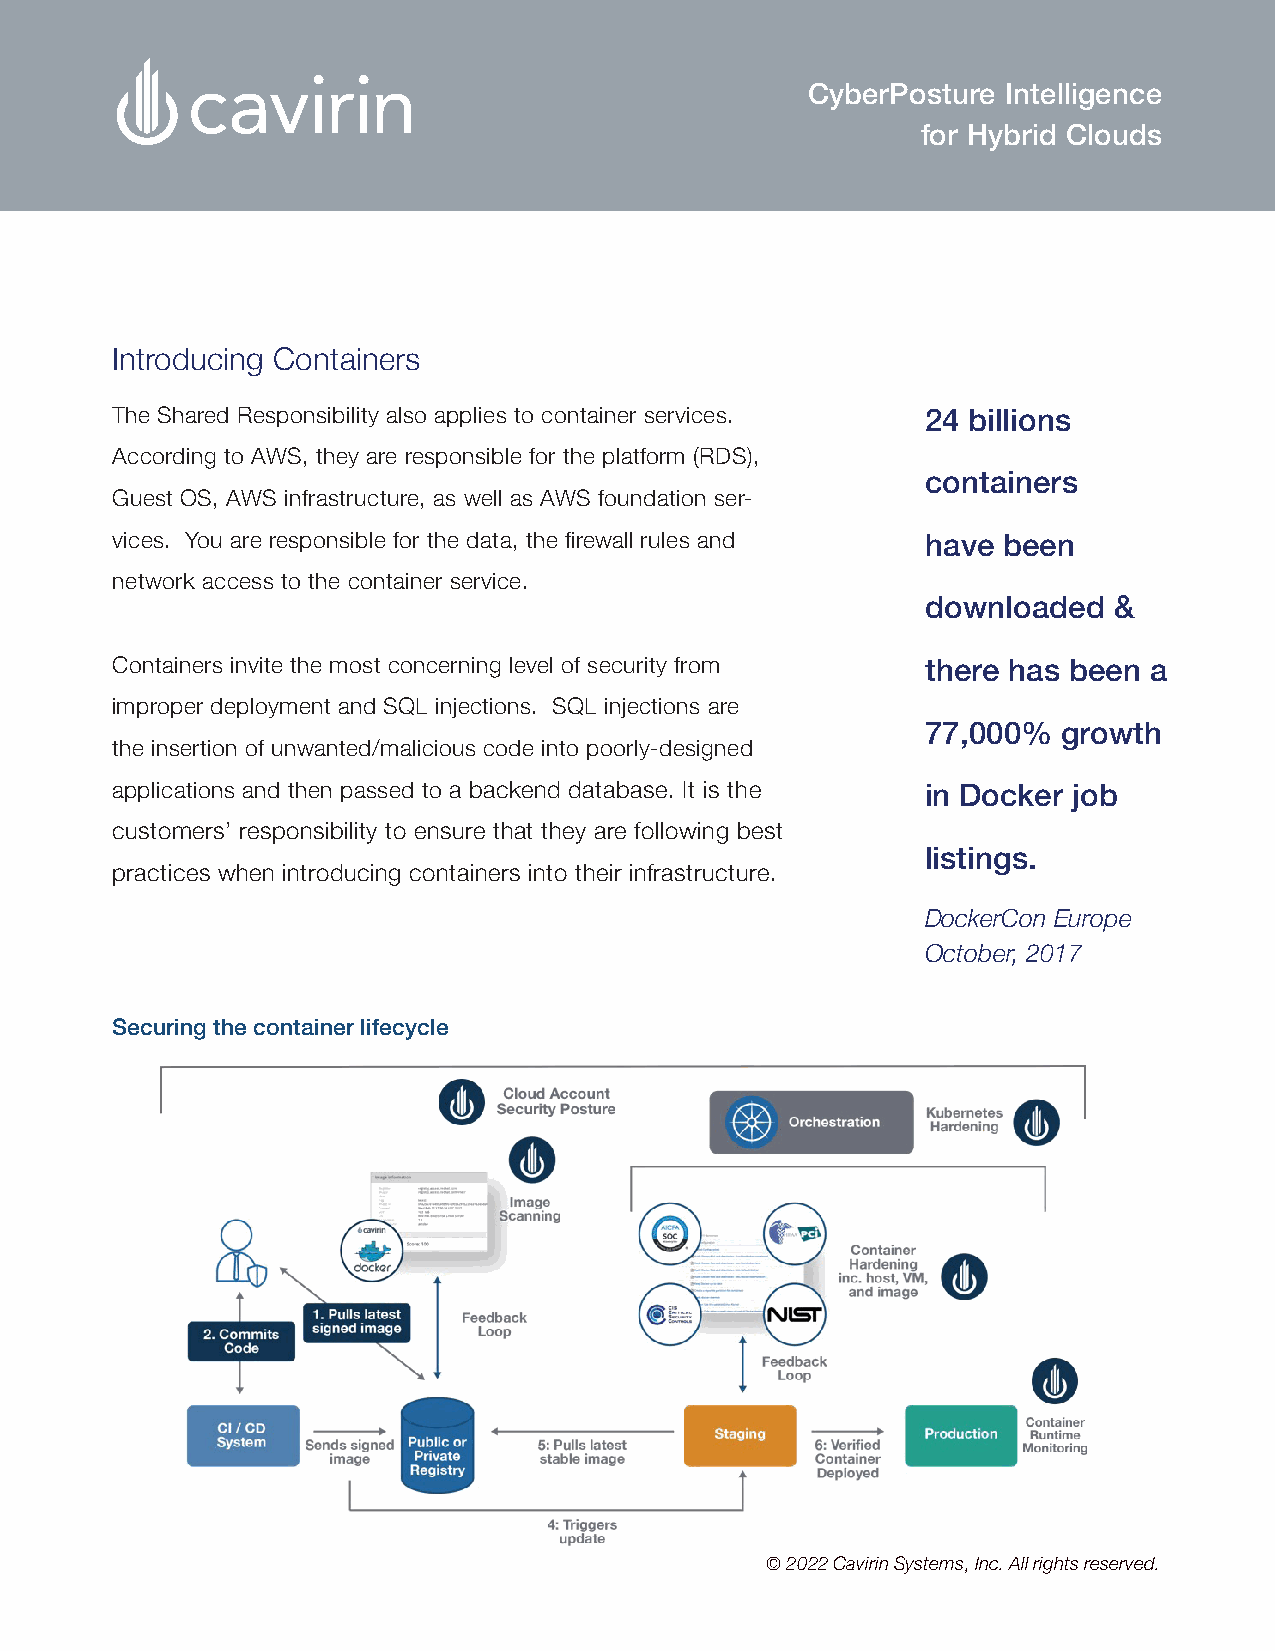
CyberPosture  Intelligence
 for Hybrid Clouds
 Introducing Containers
 The Shared Responsibility also applies to container services. 24 billions
 According to AWS, they are responsible for the platform (RDS),
 containers
 Guest OS, AWS infrastructure, as well as AWS foundation ser-
 vices. You are responsible for the data, the firewall rules and have been
 network access to the container service.
 downloaded   &
 Containers invite the most concerning level of security from there has been a
 improper deployment and SQL injections. SQL injections are
 77,000%  growth
 the insertion of unwanted/malicious code into poorly-designed
 applications and then passed to a backend database. It is the in Docker job
 customers’ responsibility to ensure that they are following best
 listings.
 practices when introducing containers into their infrastructure.
 DockerCon Europe
 October, 2017
 Securing the container lifecycle
 © 2022 Cavirin Systems, Inc. All rights reserved.